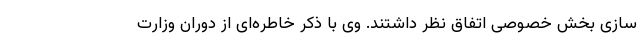
سازی بخش خصوصی اتفاق نظر داشتند. وی با ذکر خاطره‌ای از دوران وزارت